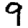
Digit: 9